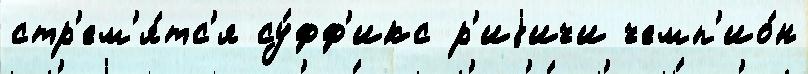
стр'ем'я́тс'я су́фф'икс р'иjичи чемп'ио́н